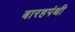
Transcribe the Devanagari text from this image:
बारहपंथी